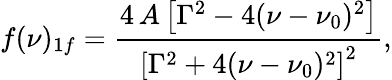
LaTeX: f(\nu)_{1f}=\frac{4\, A\left[\Gamma^{2}-4(\nu-\nu_{0})^{2}\right]}{\left[\Gamma^{2}+4(\nu-\nu_{0})^{2}\right]^{2}},